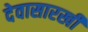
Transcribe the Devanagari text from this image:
देवासारखी